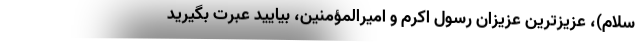
سلام)، عزیزترین عزیزان رسول اکرم و امیرالمؤمنین، بیایید عبرت بگیرید